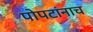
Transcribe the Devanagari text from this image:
पोपटांनाच